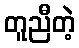
တူညီတဲ့